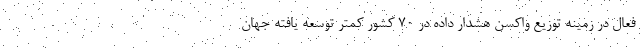
فعال در زمینه توزیع واکسن هشدار داده در ۷۰ کشور کمتر توسعه یافته جهان